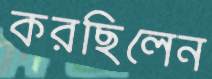
করছিলেন